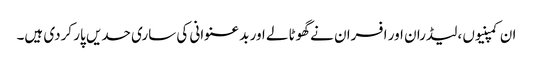
ان کمپنیوں ،لیڈران اور افسران نے گھوٹالے اور بد عنوانی کی ساری حدیں پار کردی ہیں۔